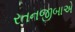
રતનજીબાએ